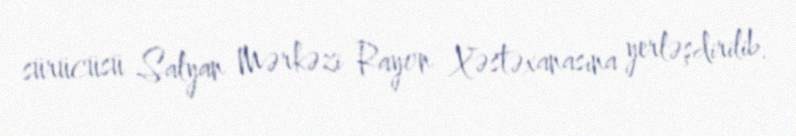
sürücüsü Salyan Mərkəzi Rayon Xəstəxanasına yerləşdirilib.